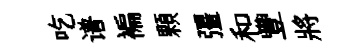
吃谱褊顆彊和豐將